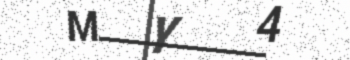
Text: MY4